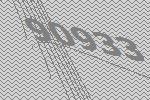
90933